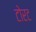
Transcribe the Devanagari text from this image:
टोरट